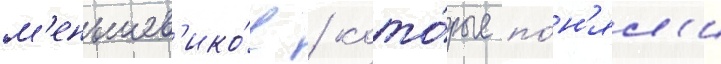
м'еньшев'ико́в / кото́рые по́н'ял'и